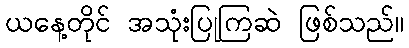
ယနေ့တိုင် အသုံးပြုကြဆဲ ဖြစ်သည်။